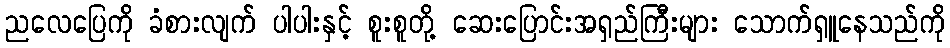
ညလေပြေကို ခံစားလျက် ပါပါးနှင့် စူးစူတို့ ဆေးပြောင်းအရှည်ကြီးများ သောက်ရှူနေသည်ကို